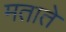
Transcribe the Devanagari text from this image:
मताते